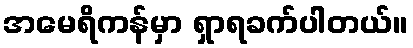
အမေရိကန်မှာ ရှာရခက်ပါတယ်။